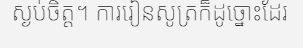
ស្ងប់ចិត្ត។ ការរៀនសូត្រក៏ដូច្នោះដែរ